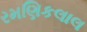
રમણિકલાલ